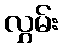
လွှမ်း